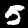
Digit: 5